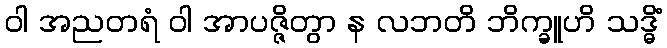
ဝါ အညတရံ ဝါ အာပဇ္ဇိတွာ န လဘတိ ဘိက္ခူဟိ သဒ္ဓိံ